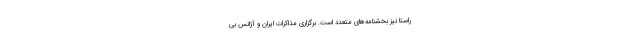
راستا نیز بخشنامه‌های متعدد است. برگزاری مذاکرات ایران و آژانس بی